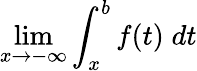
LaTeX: \operatorname*{lim}_{x\to-\infty}\int_{x}^{b}f(t)\; dt